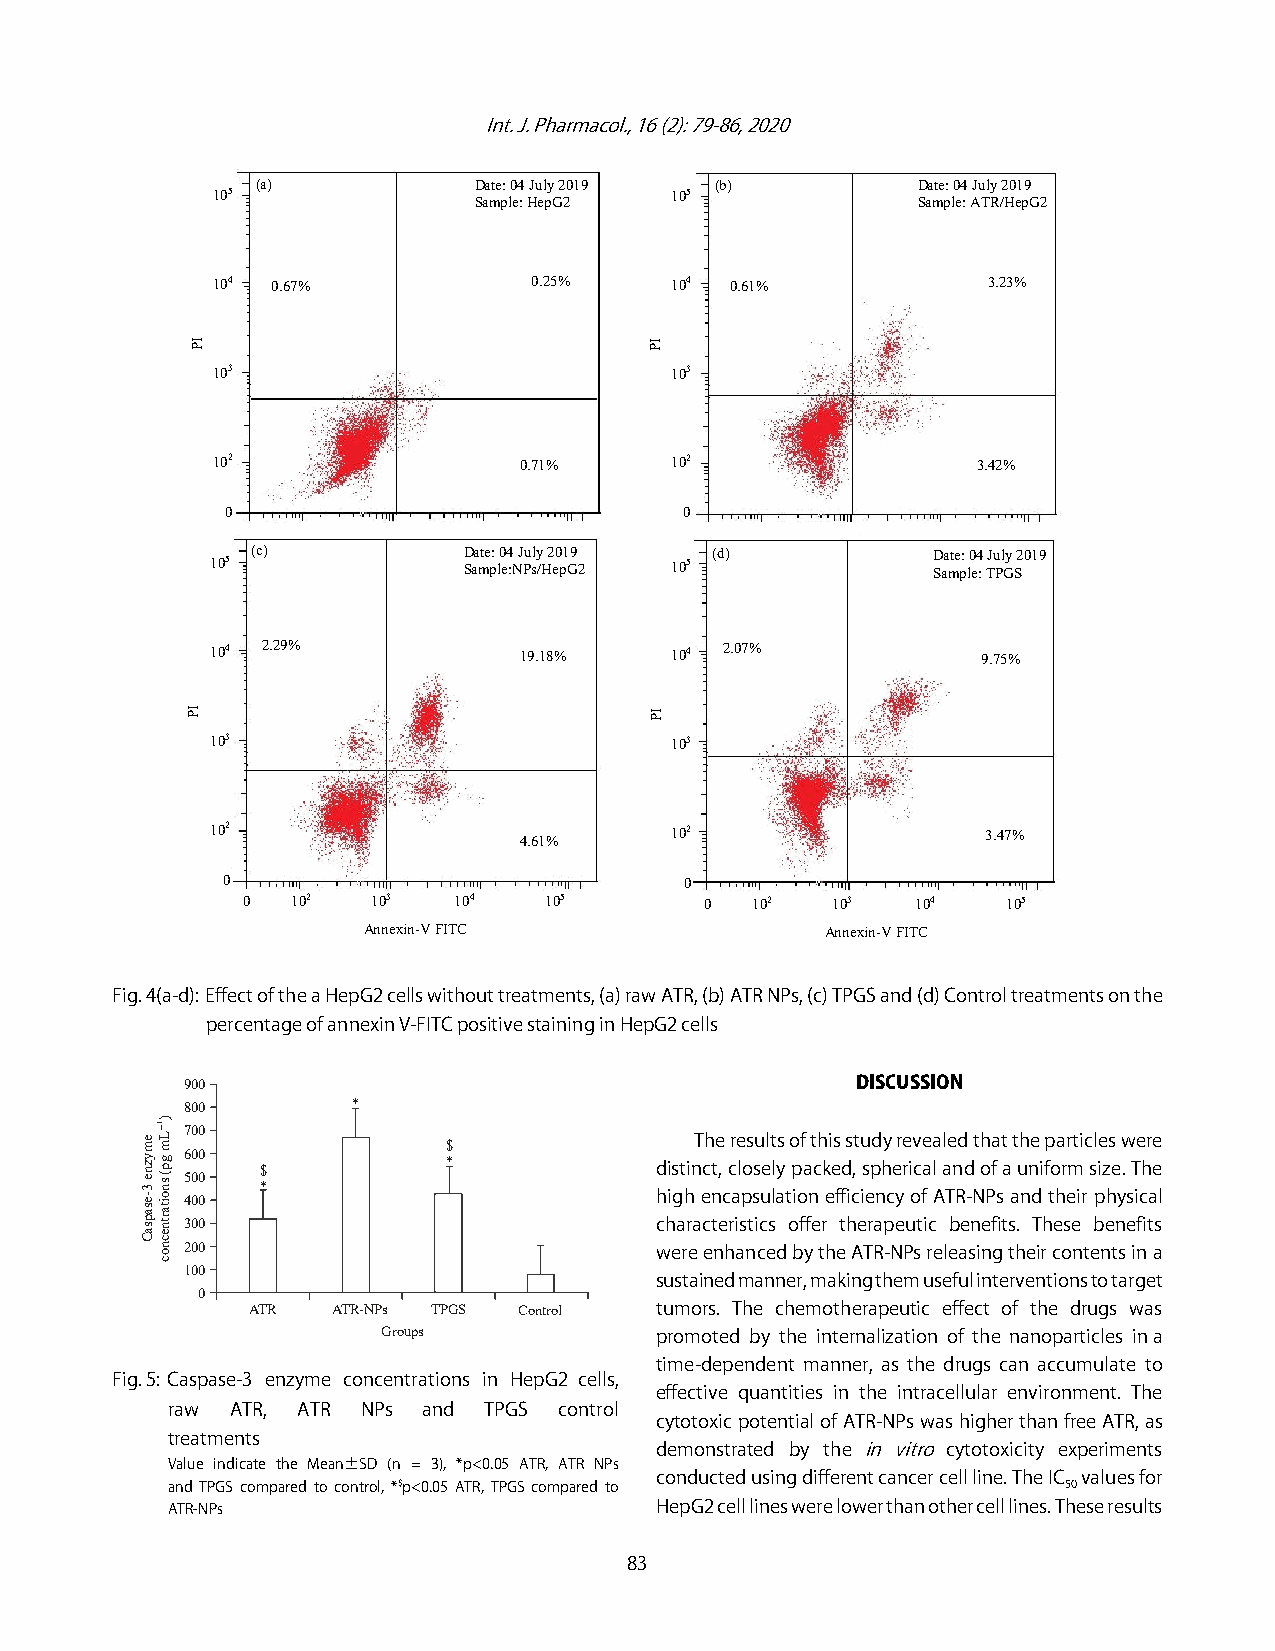
Int. J. Pharmacol., 16 (2): 79-86, 2020
 (a)           Date: 04 July 2019 (b)        Date: 04 July 2019
 105
 Sample: HepG2
 105
 Sample: ATR/HepG2
 104 0.67%            0.25%    104 0.61%            3.23%
 103                           103
 102                 0.71%     102                  3.42%
 0                             0
 105 (c)          D Saa mte p: l0 e4 :N J Pul sy /H 2 e0 p1 G9 2 105 (d) D Saa mte p: l0 e4 : TJu Pl Gy S2 019
 104 2.29%           19.18%    104 2.07%            9.75%
 103                           103
 102                           102                  3.47%
 4.61%
 0                             0
 0  102   103  104   105        0  102  103   104   105
 Annexin-V FITC                 Annexin-V FITC
 Fig. 4(a-d):Effect of the a HepG2 cells without treatments, (a) raw ATR, (b) ATR NPs, (c) TPGS and (d) Control treatments on the
 percentage of annexin V-FITC positive staining in HepG2 cells
 900                                          DISCUSSION
 800        *
 700                               The results of this study revealed that the particles were $
 600
 $            *            distinct, closely packed, spherical and of a uniform size. The
 500
 *                         high encapsulation efficiency of ATR-NPs and their physical
 400
 300                            characteristics offer therapeutic benefits. These benefits
 200                            were enhanced by the ATR-NPs releasing their contents in a
 100
 sustained manner, making them useful interventions to target
 0
 ATR  ATR-NPs TPGS Control tumors. The chemotherapeutic effect of the drugs was
 Groups            promoted by the internalization of the nanoparticles in a
 time-dependent manner, as the drugs can accumulate to
 Fig. 5: Caspase-3 enzyme concentrations in HepG2 cells,
 effective quantities in the intracellular environment. The
 raw ATR, ATR NPs and TPGS control
 cytotoxic potential of ATR-NPs was higher than free ATR, as
 treatments
 demonstrated by the in vitro cytotoxicity experiments
 Value indicate the Mean±SD (n = 3), *p<0.05 ATR, ATR NPs
 conducted using different cancer cell line. The IC values for
 and TPGS compared to control, *$p<0.05 ATR, TPGS compared to 50
 ATR-NPs                         HepG2 cell lines were lower than other cell lines. These results
 83
 emyzne
 3-esapsaC
 )1GLm
 gp(
 snoitartnecnoc
 IP
 IP
 IP
 IP